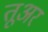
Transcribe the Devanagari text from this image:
तूअर